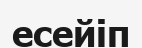
есейіп